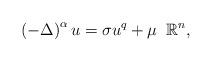
LaTeX: \begin{align*} \left(-\Delta \right)^{\alpha} u = \sigma u^{q} + \mu \;\; \mathbb{R}^n,\end{align*}